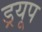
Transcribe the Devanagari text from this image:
ड्रयूप